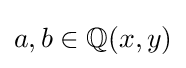
a,b\in \mathbb {Q} (x,y)